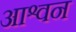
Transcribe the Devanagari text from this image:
आश्वन